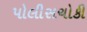
પોલીસચોકી